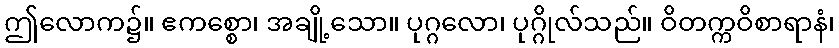
ဤလောက၌။ ဧကစ္စော၊ အချို့သော။ ပုဂ္ဂလော၊ ပုဂ္ဂိုလ်သည်။ ဝိတက္ကဝိစာရာနံ၊